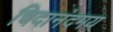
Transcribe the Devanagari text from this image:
चिदानंदमय